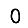
Digit: 0